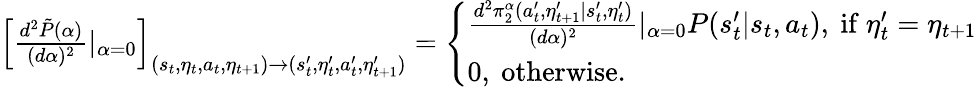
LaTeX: \begin{array}{r}{\left[\frac{d^{2}\tilde{P}(\alpha)}{(d\alpha)^{2}}|_{\alpha=0}\right]_{(s_{t},\eta_{t},a_{t},\eta_{t+1})\to(s_{t}^{\prime},\eta_{t}^{\prime},a_{t}^{\prime},\eta_{t+1}^{\prime})}=\left\{ \begin{array}{ll}{\frac{d^{2}\pi_{2}^{\alpha}(a_{t}^{\prime},\eta_{t+1}^{\prime}|s_{t}^{\prime},\eta_{t}^{\prime})}{(d\alpha)^{2}}|_{\alpha=0}P(s_{t}^{\prime}|s_{t},a_{t}),\ \mathrm{if~}\eta_{t}^{\prime}=\eta_{t+1}}\\ {0,\ \mathrm{otherwise}.}\end{array}\right.}\end{array}